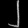
Digit: ၂